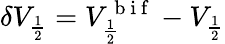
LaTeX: \delta V_{\frac{1}{2}}=V_{\frac{1}{2}}^{\mathrm{~b~i~f~}}-V_{\frac{1}{2}}